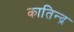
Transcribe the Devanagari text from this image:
कातिन्द्र